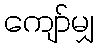
ကျော်မျှ